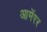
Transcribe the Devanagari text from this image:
आमॅरर